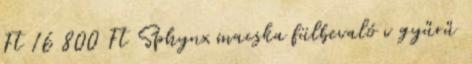
Ft 16 800 Ft Sphynx macska fülbevaló v gyűrű